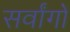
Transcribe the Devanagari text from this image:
सर्वांगों